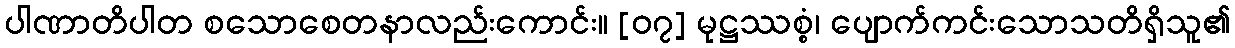
ပါဏာတိပါတ စသောစေတနာလည်းကောင်း။ [၀၇] မုဋ္ဌဿစ္စံ၊ ပျောက်ကင်းသောသတိရှိသူ၏